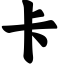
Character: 卡